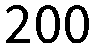
200